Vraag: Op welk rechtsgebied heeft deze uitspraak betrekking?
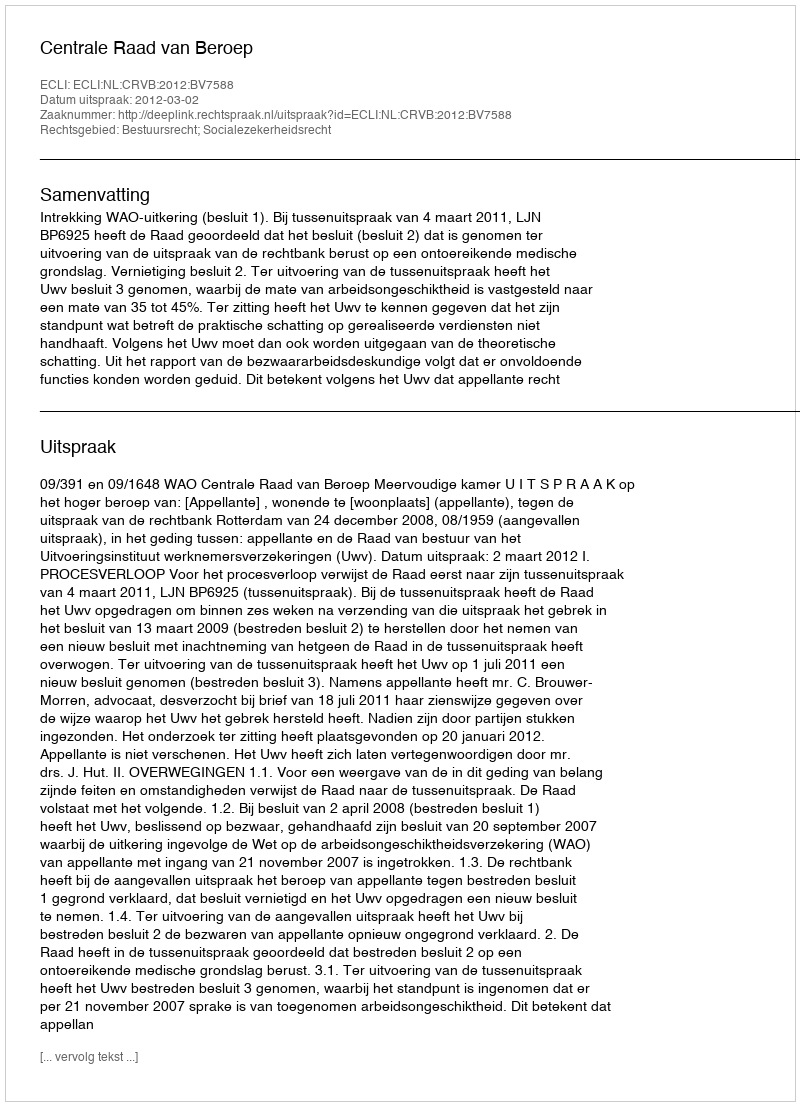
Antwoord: Bestuursrecht; Socialezekerheidsrecht